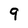
Character: 9